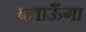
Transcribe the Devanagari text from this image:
बताऊँगा